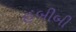
હબીબી